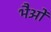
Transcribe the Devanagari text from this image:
भैओं